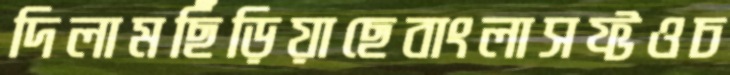
দিলামছিঁড়িয়াছেবাংলাসফ্টওচ